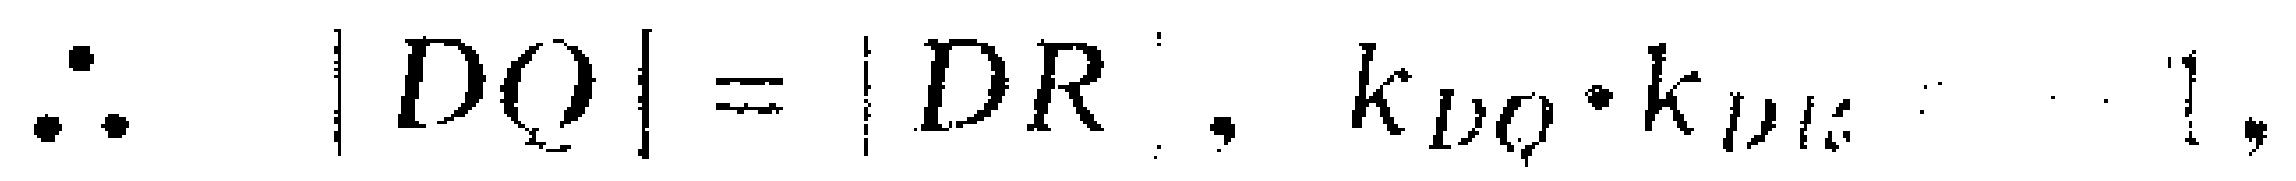
\(\therefore |DQ| = |DR|, k_{DQ}\cdot k_{DR}=- 1,\)